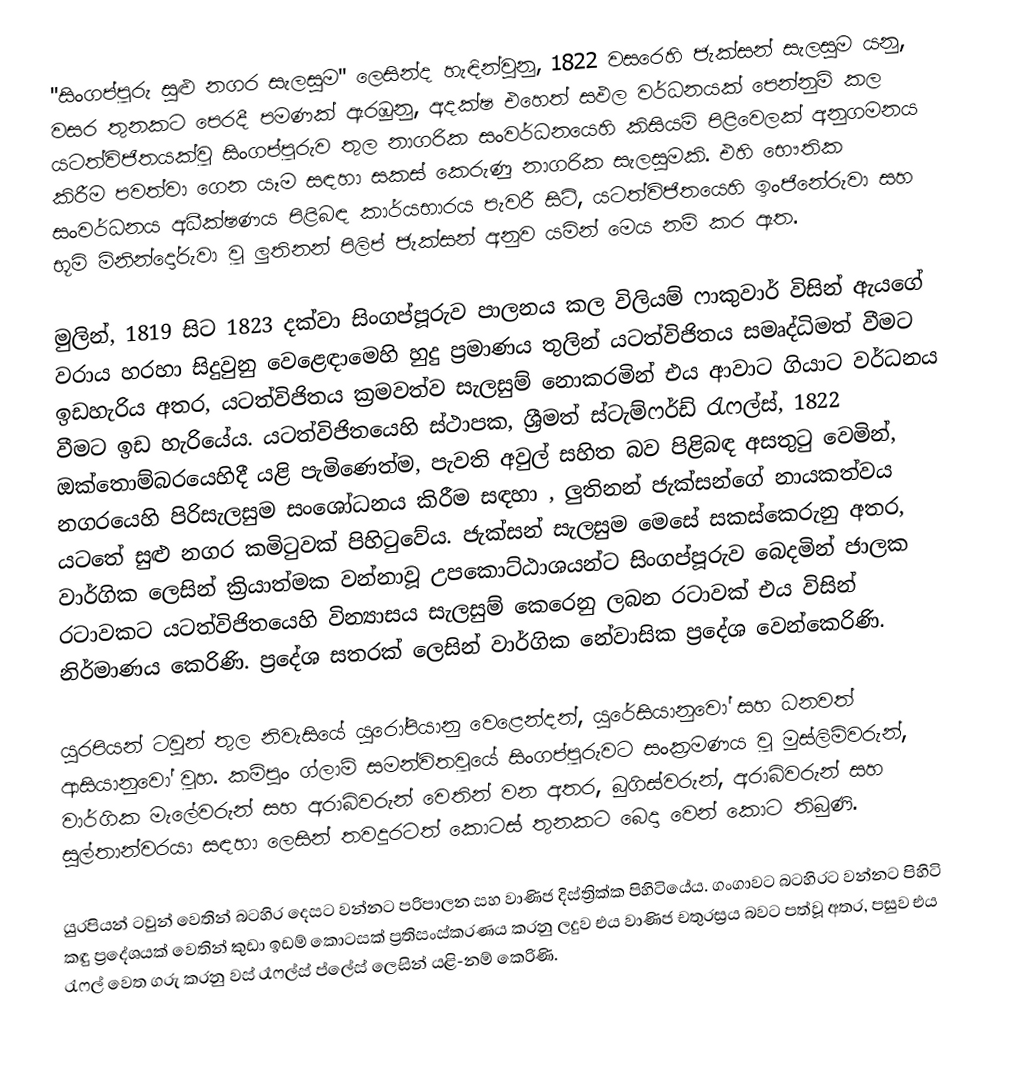
"සිංගප්පූරු සුළු නගර සැලසුම" ලෙසින්ද හැඳින්වුනු, 1822 වසරෙහි ජැක්සන් සැලසුම යනු,  වසර තුනකට පෙරදී පමණක් ඇරඹුනු,  අදක්ෂ එහෙත් සඵල වර්ධනයක් පෙන්නුම් කල යටත්විජිතයක්වූ සිංගප්පූරුව තුල නාගරික සංවර්ධනයෙහි කිසියම් පිළිවෙලක් අනුගමනය කිරීම පවත්වා ගෙන යෑම සඳහා  සකස් කෙරුණු නාගරික සැලසුමකි. එහි භෞතික සංවර්ධනය අධීක්ෂණය පිළිබඳ කාර්යභාරය පැවරී සිටි, යටත්විජිතයෙහි ඉංජිනේරුවා සහ භූමි මිනින්දෝරුවා වූ ලුතිනන් පිලිප් ජැක්සන් අනුව යමින් මෙය නම් කර ඇත.

මුලින්, 1819 සිට 1823 දක්වා සිංගප්පූරුව පාලනය කල විලියම් ෆාකුවාර් විසින් ඇයගේ වරාය හරහා සිදුවුනු වෙළෙඳාමෙහි හුදු ප්‍රමාණය තුලින් යටත්විජිතය සමෘද්ධිමත් වීමට ඉඩහැරිය අතර, යටත්විජිතය ක්‍රමවත්ව සැලසුම් නොකරමින් එය ආවාට ගියාට වර්ධනය වීමට ඉඩ හැරියේය. යටත්විජිතයෙහි ස්ථාපක, ශ්‍රීමත් ස්ටැම්ෆර්ඩ් රැෆල්ස්, 1822 ඔක්තොම්බරයෙහිදී යළි පැමිණෙත්ම, පැවති අවුල් සහිත බව පිළිබඳ අසතුටු වෙමින්, නගරයෙහි පිරිසැලසුම සංශෝධනය කිරීම සඳහා , ලුතිනන් ජැක්සන්ගේ නායකත්වය යටතේ සුළු නගර කමිටුවක් පිහිටුවේය. ජැක්සන් සැලසුම මෙසේ සකස්කෙරුනු අතර, වාර්ගික ලෙසින් ක්‍රියාත්මක වන්නාවූ උපකොට්ඨාශයන්ට සිංගප්පූරුව  බෙදමින් ජාලක රටාවකට යටත්විජිතයෙහි වින්‍යාසය සැලසුම් කෙරෙනු ලබන රටාවක් එය විසින් නිර්මාණය කෙරිණි. ප්‍රදේශ සතරක් ලෙසින්  වාර්ගික නේවාසික ප්‍රදේශ වෙන්කෙරිණි.

යුරපියන් ටවුන් තුල නිවැසියේ යුරෝපියානු වෙළෙන්දන්, යුරේසියානුවෝ සහ ධනවත් ආසියානුවෝ වූහ. කම්පුං ග්ලාම් සමන්විතවූයේ සිංගප්පූරුවට සංක්‍රමණය වූ මුස්ලිම්වරුන්, වාර්ගික මැලේවරුන් සහ අරාබිවරුන් වෙතින් වන අතර, බුගිස්වරුන්, අරාබිවරුන් සහ සුල්තාන්වරයා සඳහා ලෙසින් තවදුරටත් කොටස් තුනකට බෙදා වෙන් කොට තිබුණි.

යුරපියන් ටවුන් වෙතින් බටහිර දෙසට වන්නට පරිපාලන සහ වාණිජ දිස්ත්‍රික්ක පිහිටියේය. ගංගාවට බටහිරට වන්නට පිහිටි කඳු ප්‍රදේශයක් වෙතින් කුඩා ඉඩම් කොටසක් ප්‍රතිසංස්කරණය කරනු ලදුව එය වාණිජ චතුරස්‍රය බවට පත්වූ අතර, පසුව එය රැෆල් වෙත ගරු කරනු වස්  රෑෆල්ස් ප්ලේස් ලෙසින් යළි-නම් කෙරිණි.